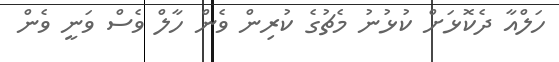
ހަލްއާ ދެކޮޅަށް ކުޅުނު މެޗުގެ ކުރިން ވެން ހާލް ވެސް ވަނީ ވެން